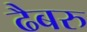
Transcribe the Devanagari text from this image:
ढैबरु